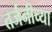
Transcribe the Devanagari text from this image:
तर्जनीच्या